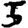
Digit: 3